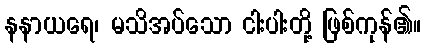
နနာယရေ၊ မသိအပ်သော ငါးပါးတို့ ဖြစ်ကုန်၏။